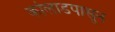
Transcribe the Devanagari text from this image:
कोलाडपासून